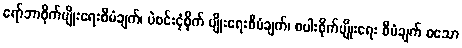
ရော်ဘာစိုက်ပျိုးရေးစီမံချက်၊ ပဲစင်းငုံစိုက် ပျိုးရေးစီမံချက်၊ စပါးစိုက်ပျိုးရေး စီမံချက် စသော